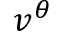
v ^ { \theta }